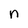
Character: n